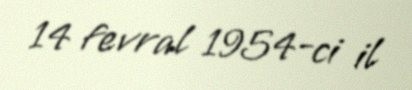
14 fevral 1954-ci il